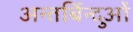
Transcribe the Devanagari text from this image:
अन्तर्बिन्दुओं